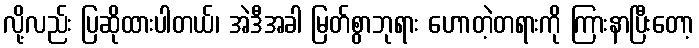
လို့လည်း ပြဆိုထားပါတယ်၊ အဲဒီအခါ မြတ်စွာဘုရား ဟောတဲ့တရားကို ကြားနာပြီးတော့